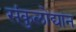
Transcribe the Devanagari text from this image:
संकुलोद्यान